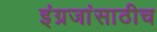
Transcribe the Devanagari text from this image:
इंग्रजांसाठीच